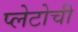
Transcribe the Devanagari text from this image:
प्लेटोची